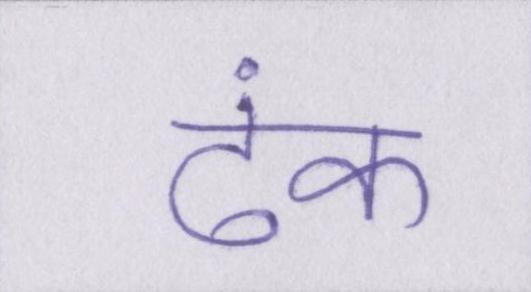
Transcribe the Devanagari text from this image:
ढंक